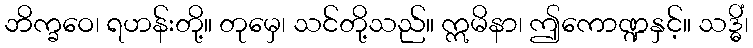
ဘိက္ခဝေ၊ ရဟန်းတို့။ တုမှေ၊ သင်တို့သည်။ ဣမိနာ၊ ဤကောဏ္ဍနှင့်။ သဒ္ဓိံ၊